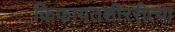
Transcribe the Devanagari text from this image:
किफायतशीररीत्या